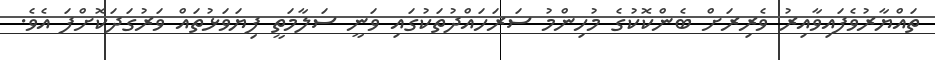
ތައްޔާރުވެފައިވާއިރު ވެރިރަށް ބެންކޮކުގެ މުހިންމު ސަރަހައްދުތަކުގައި ވަނީ ސަލާމަތީ ފިޔަވަޅުތައް ވަރުގަދަކޮށްފަ އެވެ.